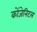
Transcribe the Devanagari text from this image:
कोंजेनिटल